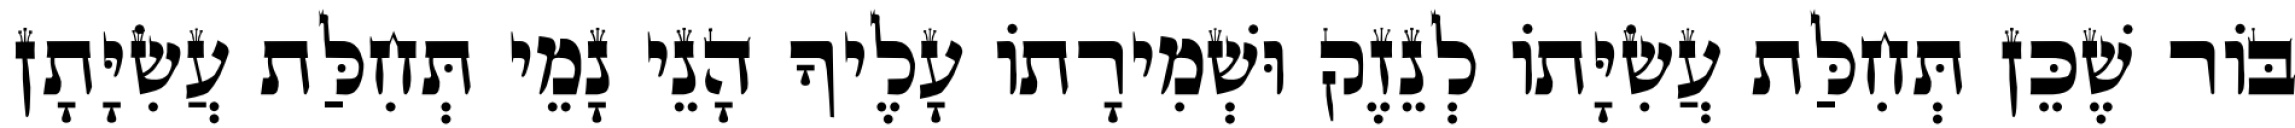
בּוֹר שֶׁכֵּן תְּחִלַּת עֲשִׂיָּתוֹ לְנֵזֶק וּשְׁמִירָתוֹ עָלֶיךָ הָנֵי נָמֵי תְּחִלַּת עֲשִׂיָּתָן